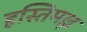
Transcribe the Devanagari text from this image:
हस्तिमल्ल